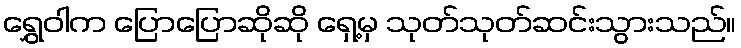
ရွှေဝါက ပြောပြောဆိုဆို ရှေ့မှ သုတ်သုတ်ဆင်းသွားသည်။